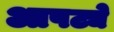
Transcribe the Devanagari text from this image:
आपट्ये